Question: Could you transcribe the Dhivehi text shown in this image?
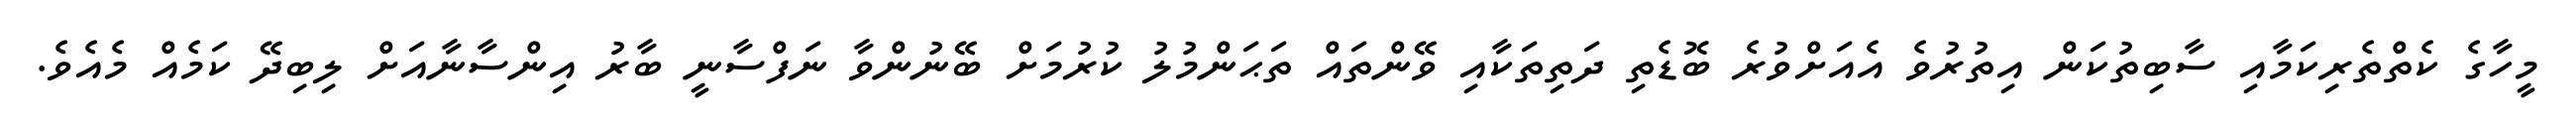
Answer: މީހާގެ ކެތްތެރިކަމާއި ސާބިތުކަން އިތުރުވެ އެއަށްވުރެ ބޮޑެތި ދަތިތަކާއި ވޭންތައް ތަޙަންމުލު ކުރުމަށް ބޭނުންވާ ނަފްސާނީ ބާރު އިންސާނާއަށް ލިބިދޭ ކަމެއް މެއެވެ.